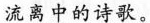
流离中的诗歌。